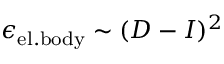
\epsilon _ { \mathrm { e l . b o d y } } \sim ( D - I ) ^ { 2 }